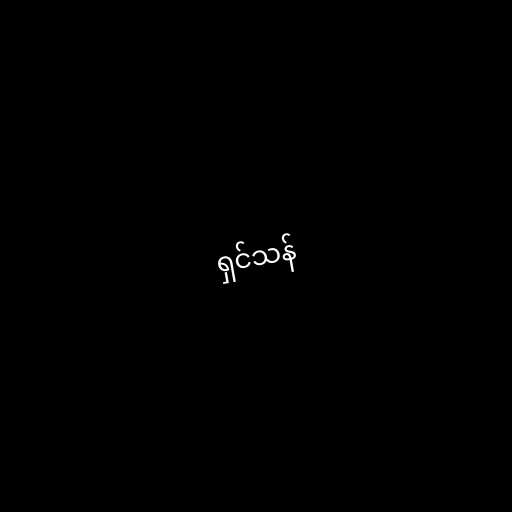
ရှင်သန်